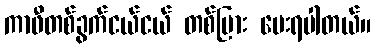
ကာဖီတစ်ခွက်ငယ်ငယ် တစ်ပြား ပေးရပါတယ်။